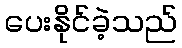
ပေးနိုင်ခဲ့သည်